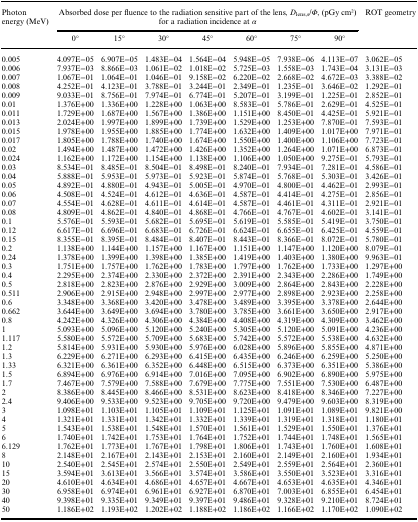
<table><thead><tr><td rowspan="2"><b>Photon energy (MeV)</b></td><td colspan="7"><b>Absorbed dose per fluence to the radiation sensitive part of the lens, <i>D</i><sub>lens,s</sub>/<i>Φ</i>, (pGy cm2) for a radiation incidence at <i>α</i></b></td><td rowspan="2"><b>ROT geometry</b></td></tr><tr><td><b>0°</b></td><td><b>15°</b></td><td><b>30°</b></td><td><b>45°</b></td><td><b>60°</b></td><td><b>75°</b></td><td><b>90°</b></td></tr></thead><tbody><tr><td>0.005</td><td>4.097E−05</td><td>6.907E−05</td><td>1.483E−04</td><td>1.564E−04</td><td>5.948E−05</td><td>7.938E−06</td><td>4.113E−07</td><td>3.062E−05</td></tr><tr><td>0.006</td><td>7.937E−03</td><td>8.866E−03</td><td>1.061E−02</td><td>1.018E−02</td><td>5.725E−03</td><td>1.558E−03</td><td>1.743E−04</td><td>3.131E−03</td></tr><tr><td>0.007</td><td>1.067E−01</td><td>1.064E−01</td><td>1.046E−01</td><td>9.158E−02</td><td>6.220E−02</td><td>2.668E−02</td><td>4.672E−03</td><td>3.388E−02</td></tr><tr><td>0.008</td><td>4.252E−01</td><td>4.123E−01</td><td>3.788E−01</td><td>3.244E−01</td><td>2.349E−01</td><td>1.235E−01</td><td>3.646E−02</td><td>1.292E−01</td></tr><tr><td>0.009</td><td>9.033E−01</td><td>8.756E−01</td><td>7.974E−01</td><td>6.774E−01</td><td>5.207E−01</td><td>3.199E−01</td><td>1.225E−01</td><td>2.852E−01</td></tr><tr><td>0.01</td><td>1.376E+00</td><td>1.336E+00</td><td>1.228E+00</td><td>1.063E+00</td><td>8.583E−01</td><td>5.786E−01</td><td>2.629E−01</td><td>4.525E−01</td></tr><tr><td>0.011</td><td>1.729E+00</td><td>1.687E+00</td><td>1.567E+00</td><td>1.386E+00</td><td>1.151E+00</td><td>8.450E−01</td><td>4.425E−01</td><td>5.921E−01</td></tr><tr><td>0.013</td><td>2.024E+00</td><td>1.997E+00</td><td>1.899E+00</td><td>1.739E+00</td><td>1.529E+00</td><td>1.253E+00</td><td>7.870E−01</td><td>7.593E−01</td></tr><tr><td>0.015</td><td>1.978E+00</td><td>1.955E+00</td><td>1.885E+00</td><td>1.774E+00</td><td>1.632E+00</td><td>1.409E+00</td><td>1.017E+00</td><td>7.971E−01</td></tr><tr><td>0.017</td><td>1.805E+00</td><td>1.788E+00</td><td>1.740E+00</td><td>1.674E+00</td><td>1.550E+00</td><td>1.400E+00</td><td>1.106E+00</td><td>7.723E−01</td></tr><tr><td>0.02</td><td>1.494E+00</td><td>1.487E+00</td><td>1.472E+00</td><td>1.426E+00</td><td>1.352E+00</td><td>1.264E+00</td><td>1.071E+00</td><td>6.873E−01</td></tr><tr><td>0.024</td><td>1.162E+00</td><td>1.172E+00</td><td>1.154E+00</td><td>1.138E+00</td><td>1.106E+00</td><td>1.050E+00</td><td>9.275E−01</td><td>5.793E−01</td></tr><tr><td>0.03</td><td>8.534E−01</td><td>8.485E−01</td><td>8.504E−01</td><td>8.498E−01</td><td>8.240E−01</td><td>7.934E−01</td><td>7.281E−01</td><td>4.586E−01</td></tr><tr><td>0.04</td><td>5.888E−01</td><td>5.953E−01</td><td>5.973E−01</td><td>5.923E−01</td><td>5.874E−01</td><td>5.768E−01</td><td>5.303E−01</td><td>3.426E−01</td></tr><tr><td>0.05</td><td>4.892E−01</td><td>4.880E−01</td><td>4.943E−01</td><td>5.005E−01</td><td>4.970E−01</td><td>4.800E−01</td><td>4.462E−01</td><td>2.993E−01</td></tr><tr><td>0.06</td><td>4.508E−01</td><td>4.524E−01</td><td>4.612E−01</td><td>4.636E−01</td><td>4.587E−01</td><td>4.414E−01</td><td>4.275E−01</td><td>2.856E−01</td></tr><tr><td>0.07</td><td>4.554E−01</td><td>4.628E−01</td><td>4.611E−01</td><td>4.614E−01</td><td>4.587E−01</td><td>4.461E−01</td><td>4.311E−01</td><td>2.921E−01</td></tr><tr><td>0.08</td><td>4.809E−01</td><td>4.862E−01</td><td>4.840E−01</td><td>4.868E−01</td><td>4.766E−01</td><td>4.767E−01</td><td>4.602E−01</td><td>3.141E−01</td></tr><tr><td>0.1</td><td>5.576E−01</td><td>5.593E−01</td><td>5.682E−01</td><td>5.695E−01</td><td>5.619E−01</td><td>5.585E−01</td><td>5.419E−01</td><td>3.750E−01</td></tr><tr><td>0.12</td><td>6.617E−01</td><td>6.696E−01</td><td>6.683E−01</td><td>6.726E−01</td><td>6.624E−01</td><td>6.655E−01</td><td>6.425E−01</td><td>4.559E−01</td></tr><tr><td>0.15</td><td>8.355E−01</td><td>8.395E−01</td><td>8.484E−01</td><td>8.407E−01</td><td>8.443E−01</td><td>8.366E−01</td><td>8.072E−01</td><td>5.780E−01</td></tr><tr><td>0.2</td><td>1.138E+00</td><td>1.144E+00</td><td>1.157E+00</td><td>1.167E+00</td><td>1.151E+00</td><td>1.147E+00</td><td>1.120E+00</td><td>8.079E−01</td></tr><tr><td>0.24</td><td>1.378E+00</td><td>1.399E+00</td><td>1.398E+00</td><td>1.385E+00</td><td>1.419E+00</td><td>1.403E+00</td><td>1.380E+00</td><td>9.963E−01</td></tr><tr><td>0.3</td><td>1.751E+00</td><td>1.757E+00</td><td>1.762E+00</td><td>1.783E+00</td><td>1.797E+00</td><td>1.762E+00</td><td>1.733E+00</td><td>1.297E+00</td></tr><tr><td>0.4</td><td>2.295E+00</td><td>2.374E+00</td><td>2.330E+00</td><td>2.372E+00</td><td>2.391E+00</td><td>2.343E+00</td><td>2.286E+00</td><td>1.749E+00</td></tr><tr><td>0.5</td><td>2.818E+00</td><td>2.823E+00</td><td>2.876E+00</td><td>2.929E+00</td><td>3.009E+00</td><td>2.864E+00</td><td>2.843E+00</td><td>2.228E+00</td></tr><tr><td>0.511</td><td>2.906E+00</td><td>2.915E+00</td><td>2.948E+00</td><td>2.997E+00</td><td>2.977E+00</td><td>2.898E+00</td><td>2.923E+00</td><td>2.258E+00</td></tr><tr><td>0.6</td><td>3.348E+00</td><td>3.368E+00</td><td>3.420E+00</td><td>3.478E+00</td><td>3.489E+00</td><td>3.395E+00</td><td>3.378E+00</td><td>2.644E+00</td></tr><tr><td>0.662</td><td>3.644E+00</td><td>3.649E+00</td><td>3.694E+00</td><td>3.780E+00</td><td>3.785E+00</td><td>3.661E+00</td><td>3.650E+00</td><td>2.917E+00</td></tr><tr><td>0.8</td><td>4.242E+00</td><td>4.326E+00</td><td>4.306E+00</td><td>4.384E+00</td><td>4.408E+00</td><td>4.319E+00</td><td>4.309E+00</td><td>3.462E+00</td></tr><tr><td>1</td><td>5.093E+00</td><td>5.096E+00</td><td>5.120E+00</td><td>5.240E+00</td><td>5.305E+00</td><td>5.120E+00</td><td>5.091E+00</td><td>4.236E+00</td></tr><tr><td>1.117</td><td>5.580E+00</td><td>5.572E+00</td><td>5.709E+00</td><td>5.683E+00</td><td>5.742E+00</td><td>5.572E+00</td><td>5.538E+00</td><td>4.632E+00</td></tr><tr><td>1.2</td><td>5.814E+00</td><td>5.931E+00</td><td>5.930E+00</td><td>5.976E+00</td><td>6.028E+00</td><td>5.896E+00</td><td>5.855E+00</td><td>4.871E+00</td></tr><tr><td>1.3</td><td>6.229E+00</td><td>6.271E+00</td><td>6.293E+00</td><td>6.415E+00</td><td>6.435E+00</td><td>6.246E+00</td><td>6.259E+00</td><td>5.250E+00</td></tr><tr><td>1.33</td><td>6.321E+00</td><td>6.361E+00</td><td>6.352E+00</td><td>6.448E+00</td><td>6.515E+00</td><td>6.373E+00</td><td>6.351E+00</td><td>5.386E+00</td></tr><tr><td>1.5</td><td>6.894E+00</td><td>6.976E+00</td><td>6.914E+00</td><td>7.016E+00</td><td>7.095E+00</td><td>6.902E+00</td><td>6.890E+00</td><td>5.975E+00</td></tr><tr><td>1.7</td><td>7.467E+00</td><td>7.579E+00</td><td>7.588E+00</td><td>7.679E+00</td><td>7.775E+00</td><td>7.551E+00</td><td>7.530E+00</td><td>6.487E+00</td></tr><tr><td>2</td><td>8.386E+00</td><td>8.445E+00</td><td>8.466E+00</td><td>8.531E+00</td><td>8.623E+00</td><td>8.418E+00</td><td>8.346E+00</td><td>7.227E+00</td></tr><tr><td>2.4</td><td>9.406E+00</td><td>9.533E+00</td><td>9.523E+00</td><td>9.705E+00</td><td>9.720E+00</td><td>9.479E+00</td><td>9.603E+00</td><td>8.319E+00</td></tr><tr><td>3</td><td>1.098E+01</td><td>1.103E+01</td><td>1.105E+01</td><td>1.109E+01</td><td>1.125E+01</td><td>1.091E+01</td><td>1.089E+01</td><td>9.821E+00</td></tr><tr><td>4</td><td>1.321E+01</td><td>1.331E+01</td><td>1.342E+01</td><td>1.332E+01</td><td>1.339E+01</td><td>1.319E+01</td><td>1.318E+01</td><td>1.180E+01</td></tr><tr><td>5</td><td>1.543E+01</td><td>1.538E+01</td><td>1.548E+01</td><td>1.570E+01</td><td>1.561E+01</td><td>1.529E+01</td><td>1.550E+01</td><td>1.376E+01</td></tr><tr><td>6</td><td>1.740E+01</td><td>1.742E+01</td><td>1.753E+01</td><td>1.764E+01</td><td>1.752E+01</td><td>1.744E+01</td><td>1.748E+01</td><td>1.565E+01</td></tr><tr><td>6.129</td><td>1.762E+01</td><td>1.773E+01</td><td>1.767E+01</td><td>1.798E+01</td><td>1.806E+01</td><td>1.743E+01</td><td>1.760E+01</td><td>1.608E+01</td></tr><tr><td>8</td><td>2.148E+01</td><td>2.167E+01</td><td>2.143E+01</td><td>2.153E+01</td><td>2.160E+01</td><td>2.149E+01</td><td>2.160E+01</td><td>1.934E+01</td></tr><tr><td>10</td><td>2.540E+01</td><td>2.545E+01</td><td>2.574E+01</td><td>2.550E+01</td><td>2.549E+01</td><td>2.559E+01</td><td>2.564E+01</td><td>2.360E+01</td></tr><tr><td>15</td><td>3.594E+01</td><td>3.613E+01</td><td>3.566E+01</td><td>3.574E+01</td><td>3.586E+01</td><td>3.550E+01</td><td>3.523E+01</td><td>3.316E+01</td></tr><tr><td>20</td><td>4.610E+01</td><td>4.634E+01</td><td>4.686E+01</td><td>4.657E+01</td><td>4.667E+01</td><td>4.653E+01</td><td>4.635E+01</td><td>4.346E+01</td></tr><tr><td>30</td><td>6.958E+01</td><td>6.974E+01</td><td>6.961E+01</td><td>6.927E+01</td><td>6.870E+01</td><td>7.003E+01</td><td>6.855E+01</td><td>6.454E+01</td></tr><tr><td>40</td><td>9.398E+01</td><td>9.335E+01</td><td>9.349E+01</td><td>9.397E+01</td><td>9.486E+01</td><td>9.328E+01</td><td>9.210E+01</td><td>8.724E+01</td></tr><tr><td>50</td><td>1.186E+02</td><td>1.193E+02</td><td>1.202E+02</td><td>1.188E+02</td><td>1.186E+02</td><td>1.166E+02</td><td>1.170E+02</td><td>1.090E+02</td></tr></tbody></table>